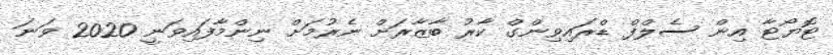
ޓޮޔޯޓާ އިން ސެލްފް ޑްރައިވިންގް ކާރު ބާޒާރަށް ނެރުމަށް ނިންމާފައިވަނީ 2020 ވަނަ